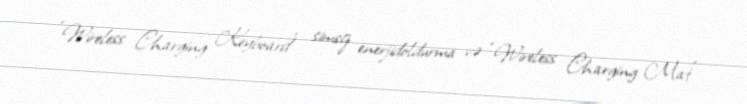
“Wireless Charging Keyboard” simsiz enerjidoldurma və “Wireless Charging Mat”